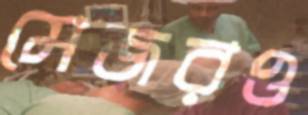
মেজরও